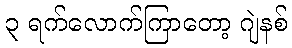
၃ ရက်လောက်ကြာတော့ ဂျဲနစ်